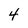
Character: 4